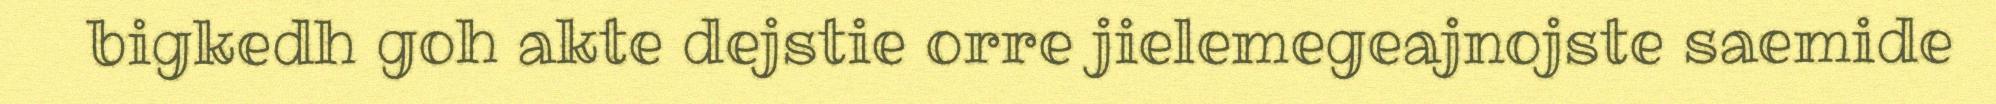
bigkedh goh akte dejstie orre jielemegeajnojste saemide